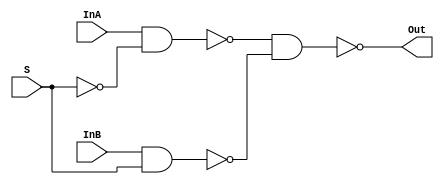
module mux2_1(InA, InB, S, Out);
  // --- Input and Outputs ---
  input InA, InB; // input data
  input S; // select line
  output Out;

  // --- wire ---
  wire notS, nandAS, nandBS;

  // --- Code ---
  assign notS = ~S;  

  assign nandAS = ~(InA & notS);
  assign nandBS = ~(InB & S);

  assign Out = ~(nandAS & nandBS);
endmodule